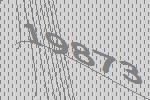
19873